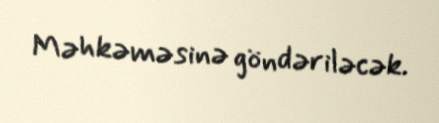
Məhkəməsinə göndəriləcək.